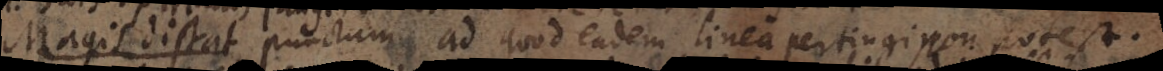
Magis distat punctum ad quod eadem linea pertingi non potest.